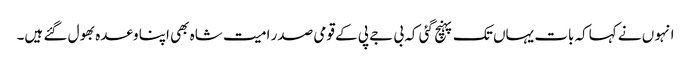
انہو ں نے کہاکہ بات یہاں تک پہنچ گئی کہ بی جے پی کے قومی صدر امیت شاہ بھی اپنا وعدہ بھول گئے ہیں۔